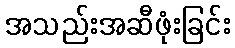
အသည်းအဆီဖုံးခြင်း